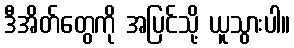
ဒီအိတ်တွေကို အပြင်သို့ ယူသွားပါ။